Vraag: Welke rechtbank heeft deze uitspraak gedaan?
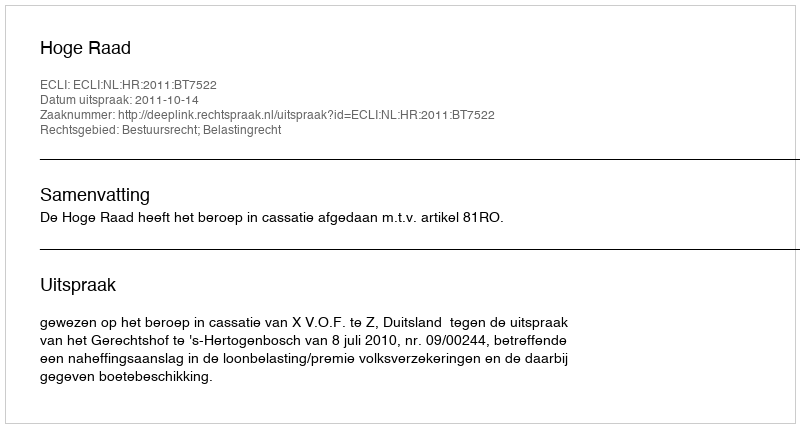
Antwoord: Hoge Raad